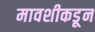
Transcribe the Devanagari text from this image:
मावशीकडून